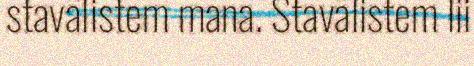
stavälistem mana. Stavälistem lii